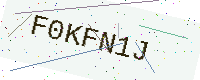
Text: F0KFN1J